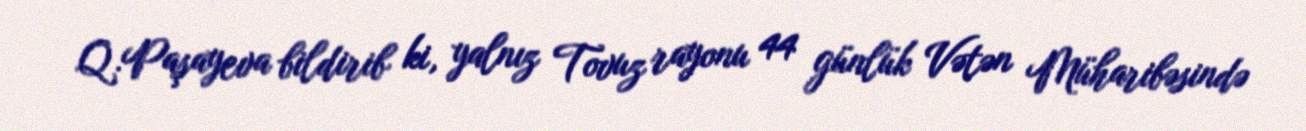
Q.Paşayeva bildirib ki, yalnız Tovuz rayonu 44 günlük Vətən Müharibəsində